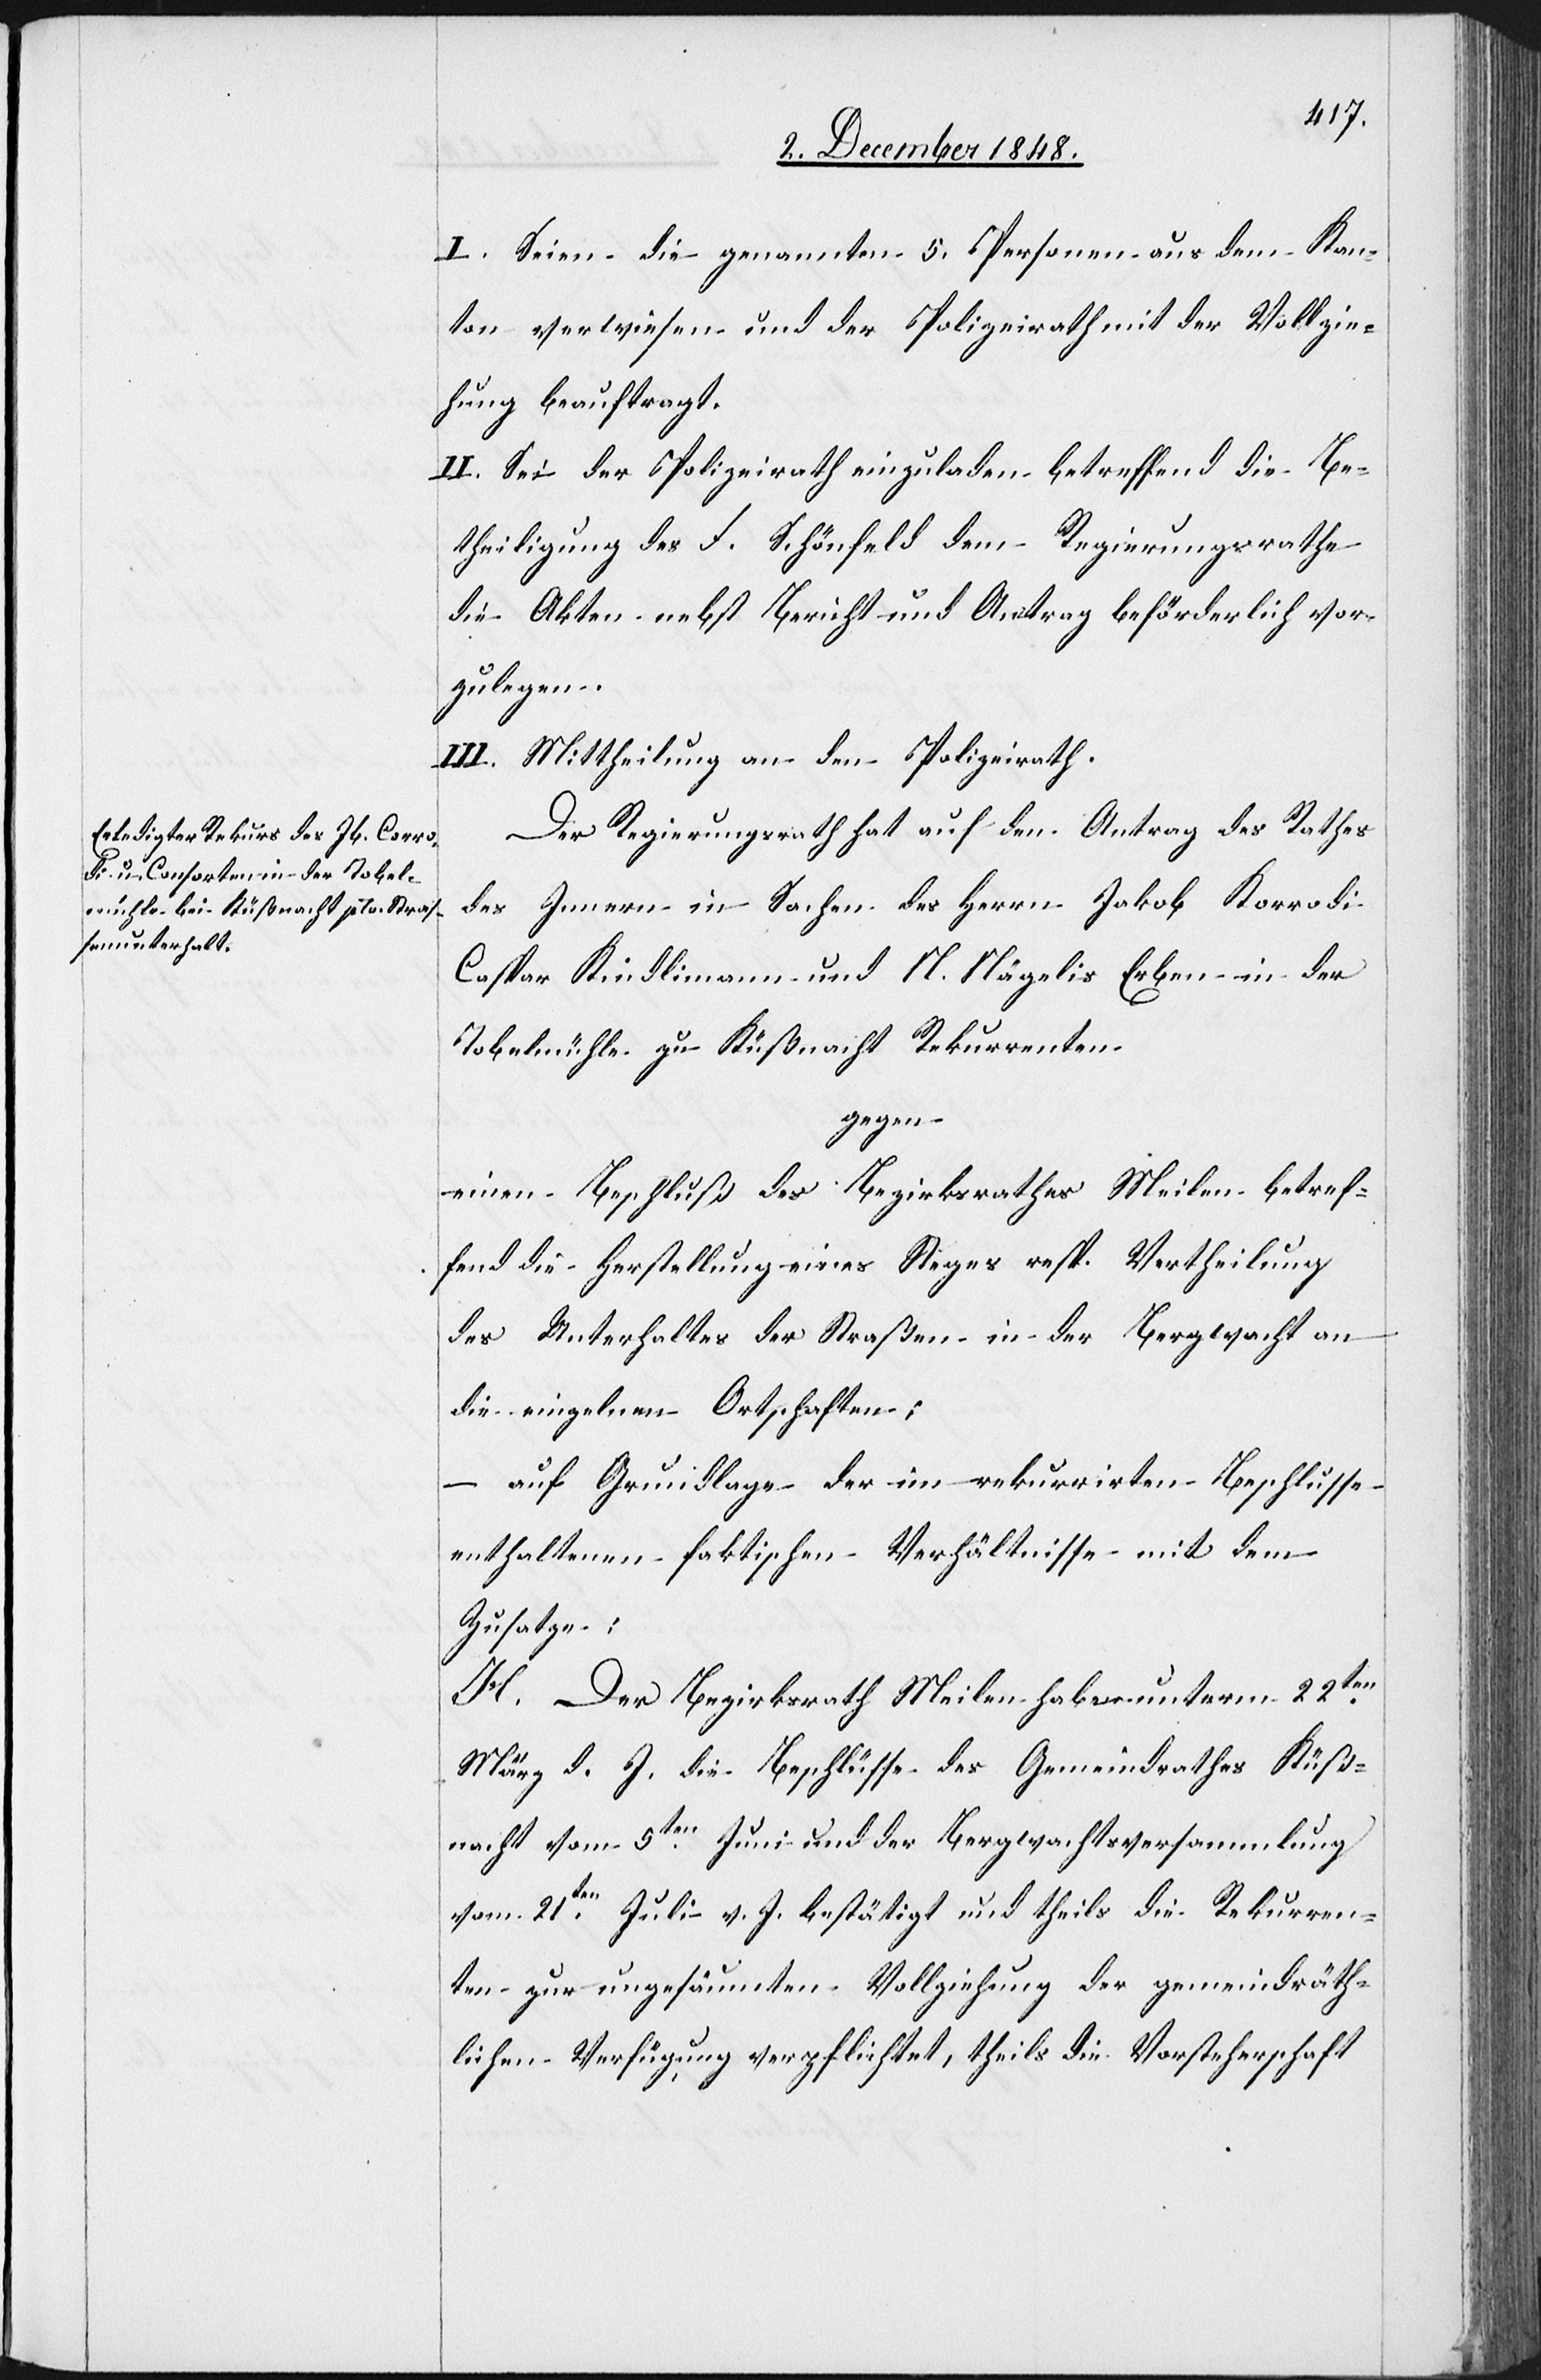
I. Seien die genannten 5. Personen aus dem Kan¬
ton verwiesen und der Polizeirath mit der Vollzie¬
hung beauftragt.
II. Sei der Polizeirath einzuladen betreffend die Be¬
theiligung des F. Schönfeld dem Regierungsrathe
die Akten nebst Bericht und Antrag beförderlich vor¬
zulegen.
III. Mittheilung an den Polizeirath.
Der Regierungsrath hat auf den Antrag des Rathes
des Innern in Sachen des Herrn Jakob Korrodi
Caspar Kindlimann und N. Nägelis Erben in der
Tobelmühle zu Küßnacht Rekurrenten
gegen
einen Beschluß des Bezirksrathes Meilen betref¬
fend die Herstellung eines Steges resp. Vertheilung
des Unterhaltes der Straßen in der Bergwacht an
die einzelnen Ortschaften;
auf Grundlage der im rekurrirten Beschlusse
enthaltenen faktischen Verhältnisse mit dem
Zusatze:
H. Der Bezirksrath Meilen habe unterm 22ten
März d. J. die Beschlüsse des Gemeindrathes Küß¬
nacht vom 5ten Juni und der Bergwachtsversammlung
vom 21ten Juli v. J. bestätigt und theils die Rekurren¬
ten zur ungesäumten Vollziehung der gemeindräth¬
lichen Verfügung verpflichtet, theils die Vorsteherschaft